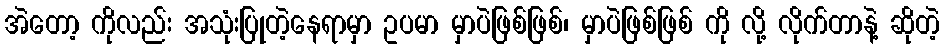
အဲတော့ ကိုလည်း အသုံးပြုတဲ့နေရာမှာ ဥပမာ မှာပဲဖြစ်ဖြစ်၊ မှာပဲဖြစ်ဖြစ် ကို လို့ လိုက်တာနဲ့ ဆိုတဲ့